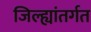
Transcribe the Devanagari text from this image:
जिल्ह्यांतर्गत